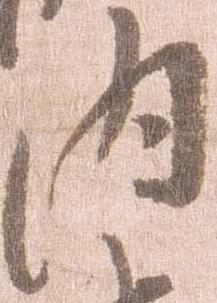
内